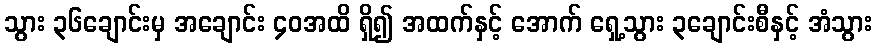
သွား ၃၆ချောင်းမှ အချောင်း ၄၀အထိ ရှိ၍ အထက်နှင့် အောက် ရှေ့သွား ၃ချောင်းစီနှင့် အံသွား